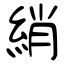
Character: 綃